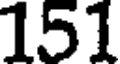
151